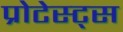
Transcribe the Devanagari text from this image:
प्रोटेस्ट्स